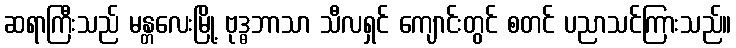
ဆရာကြီးသည် မန္တလေးမြို့ ဗုဒ္ဓဘာသာ သီလရှင် ကျောင်းတွင် စတင် ပညာသင်ကြားသည်။